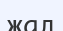
жал